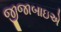
જીજાબાઇએ